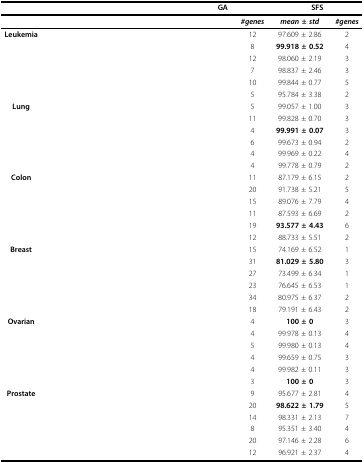
<table><thead><tr><td colspan="3">[EMPTY_CELL]</td><td colspan="2"><b>GA</b></td><td colspan="2"><b>SFS</b></td></tr></thead><tbody><tr><td>[EMPTY_CELL]</td><td>[EMPTY_CELL]</td><td>[EMPTY_CELL]</td><td>[EMPTY_CELL]</td><td><b><i>#genes</i></b></td><td><b><i>mean ± std</i></b></td><td><b><i>#genes</i></b></td></tr><tr><td><b>Leukemia</b></td><td>[EMPTY_CELL]</td><td>[EMPTY_CELL]</td><td>[EMPTY_CELL]</td><td>12</td><td>97.609 ± 2.86</td><td>2</td></tr><tr><td>[EMPTY_CELL]</td><td>[EMPTY_CELL]</td><td>[EMPTY_CELL]</td><td>[EMPTY_CELL]</td><td>8</td><td><b>99.918 ± 0.52</b></td><td>4</td></tr><tr><td>[EMPTY_CELL]</td><td>[EMPTY_CELL]</td><td>[EMPTY_CELL]</td><td>[EMPTY_CELL]</td><td>12</td><td>98.060 ± 2.19</td><td>3</td></tr><tr><td>[EMPTY_CELL]</td><td>[EMPTY_CELL]</td><td>[EMPTY_CELL]</td><td>[EMPTY_CELL]</td><td>7</td><td>98.837 ± 2.46</td><td>3</td></tr><tr><td>[EMPTY_CELL]</td><td>[EMPTY_CELL]</td><td>[EMPTY_CELL]</td><td>[EMPTY_CELL]</td><td>10</td><td>99.844 ± 0.77</td><td>5</td></tr><tr><td>[EMPTY_CELL]</td><td>[EMPTY_CELL]</td><td>[EMPTY_CELL]</td><td>[EMPTY_CELL]</td><td>5</td><td>95.784 ± 3.38</td><td>2</td></tr><tr><td><b>Lung</b></td><td>[EMPTY_CELL]</td><td>[EMPTY_CELL]</td><td>[EMPTY_CELL]</td><td>5</td><td>99.057 ± 1.00</td><td>3</td></tr><tr><td>[EMPTY_CELL]</td><td>[EMPTY_CELL]</td><td>[EMPTY_CELL]</td><td>[EMPTY_CELL]</td><td>11</td><td>99.828 ± 0.70</td><td>3</td></tr><tr><td>[EMPTY_CELL]</td><td>[EMPTY_CELL]</td><td>[EMPTY_CELL]</td><td>[EMPTY_CELL]</td><td>4</td><td><b>99.991 ± 0.07</b></td><td>3</td></tr><tr><td>[EMPTY_CELL]</td><td>[EMPTY_CELL]</td><td>[EMPTY_CELL]</td><td>[EMPTY_CELL]</td><td>6</td><td>99.673 ± 0.94</td><td>2</td></tr><tr><td>[EMPTY_CELL]</td><td>[EMPTY_CELL]</td><td>[EMPTY_CELL]</td><td>[EMPTY_CELL]</td><td>4</td><td>99.969 ± 0.22</td><td>4</td></tr><tr><td>[EMPTY_CELL]</td><td>[EMPTY_CELL]</td><td>[EMPTY_CELL]</td><td>[EMPTY_CELL]</td><td>4</td><td>99.778 ± 0.79</td><td>2</td></tr><tr><td><b>Colon</b></td><td>[EMPTY_CELL]</td><td>[EMPTY_CELL]</td><td>[EMPTY_CELL]</td><td>11</td><td>87.179 ± 6.15</td><td>2</td></tr><tr><td>[EMPTY_CELL]</td><td>[EMPTY_CELL]</td><td>[EMPTY_CELL]</td><td>[EMPTY_CELL]</td><td>20</td><td>91.738 ± 5.21</td><td>5</td></tr><tr><td>[EMPTY_CELL]</td><td>[EMPTY_CELL]</td><td>[EMPTY_CELL]</td><td>[EMPTY_CELL]</td><td>15</td><td>89.076 ± 7.79</td><td>4</td></tr><tr><td>[EMPTY_CELL]</td><td>[EMPTY_CELL]</td><td>[EMPTY_CELL]</td><td>[EMPTY_CELL]</td><td>11</td><td>87.593 ± 6.69</td><td>2</td></tr><tr><td>[EMPTY_CELL]</td><td>[EMPTY_CELL]</td><td>[EMPTY_CELL]</td><td>[EMPTY_CELL]</td><td>19</td><td><b>93.577 ± 4.43</b></td><td>6</td></tr><tr><td>[EMPTY_CELL]</td><td>[EMPTY_CELL]</td><td>[EMPTY_CELL]</td><td>[EMPTY_CELL]</td><td>12</td><td>88.733 ± 5.51</td><td>2</td></tr><tr><td><b>Breast</b></td><td>[EMPTY_CELL]</td><td>[EMPTY_CELL]</td><td>[EMPTY_CELL]</td><td>15</td><td>74.169 ± 6.52</td><td>1</td></tr><tr><td>[EMPTY_CELL]</td><td>[EMPTY_CELL]</td><td>[EMPTY_CELL]</td><td>[EMPTY_CELL]</td><td>31</td><td><b>81.029 ± 5.80</b></td><td>3</td></tr><tr><td>[EMPTY_CELL]</td><td>[EMPTY_CELL]</td><td>[EMPTY_CELL]</td><td>[EMPTY_CELL]</td><td>27</td><td>73.499 ± 6.34</td><td>1</td></tr><tr><td>[EMPTY_CELL]</td><td>[EMPTY_CELL]</td><td>[EMPTY_CELL]</td><td>[EMPTY_CELL]</td><td>23</td><td>76.645 ± 6.53</td><td>1</td></tr><tr><td>[EMPTY_CELL]</td><td>[EMPTY_CELL]</td><td>[EMPTY_CELL]</td><td>[EMPTY_CELL]</td><td>34</td><td>80.975 ± 6.37</td><td>2</td></tr><tr><td>[EMPTY_CELL]</td><td>[EMPTY_CELL]</td><td>[EMPTY_CELL]</td><td>[EMPTY_CELL]</td><td>18</td><td>79.191 ± 6.43</td><td>2</td></tr><tr><td><b>Ovarian</b></td><td>[EMPTY_CELL]</td><td>[EMPTY_CELL]</td><td>[EMPTY_CELL]</td><td>4</td><td><b>100 ± 0</b></td><td>3</td></tr><tr><td>[EMPTY_CELL]</td><td>[EMPTY_CELL]</td><td>[EMPTY_CELL]</td><td>[EMPTY_CELL]</td><td>4</td><td>99.978 ± 0.13</td><td>4</td></tr><tr><td>[EMPTY_CELL]</td><td>[EMPTY_CELL]</td><td>[EMPTY_CELL]</td><td>[EMPTY_CELL]</td><td>5</td><td>99.980 ± 0.13</td><td>4</td></tr><tr><td>[EMPTY_CELL]</td><td>[EMPTY_CELL]</td><td>[EMPTY_CELL]</td><td>[EMPTY_CELL]</td><td>4</td><td>99.659 ± 0.75</td><td>3</td></tr><tr><td>[EMPTY_CELL]</td><td>[EMPTY_CELL]</td><td>[EMPTY_CELL]</td><td>[EMPTY_CELL]</td><td>4</td><td>99.982 ± 0.11</td><td>3</td></tr><tr><td>[EMPTY_CELL]</td><td>[EMPTY_CELL]</td><td>[EMPTY_CELL]</td><td>[EMPTY_CELL]</td><td>3</td><td><b>100 ± 0</b></td><td>3</td></tr><tr><td><b>Prostate</b></td><td>[EMPTY_CELL]</td><td>[EMPTY_CELL]</td><td>[EMPTY_CELL]</td><td>9</td><td>95.677 ± 2.81</td><td>4</td></tr><tr><td>[EMPTY_CELL]</td><td>[EMPTY_CELL]</td><td>[EMPTY_CELL]</td><td>[EMPTY_CELL]</td><td>20</td><td><b>98.622 ± 1.79</b></td><td>5</td></tr><tr><td>[EMPTY_CELL]</td><td>[EMPTY_CELL]</td><td>[EMPTY_CELL]</td><td>[EMPTY_CELL]</td><td>14</td><td>98.331 ± 2.13</td><td>7</td></tr><tr><td>[EMPTY_CELL]</td><td>[EMPTY_CELL]</td><td>[EMPTY_CELL]</td><td>[EMPTY_CELL]</td><td>8</td><td>95.351 ± 3.40</td><td>4</td></tr><tr><td>[EMPTY_CELL]</td><td>[EMPTY_CELL]</td><td>[EMPTY_CELL]</td><td>[EMPTY_CELL]</td><td>20</td><td>97.146 ± 2.28</td><td>6</td></tr><tr><td>[EMPTY_CELL]</td><td>[EMPTY_CELL]</td><td>[EMPTY_CELL]</td><td>[EMPTY_CELL]</td><td>12</td><td>96.921 ± 2.37</td><td>4</td></tr></tbody></table>